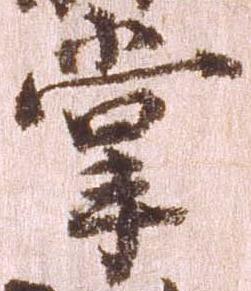
掌